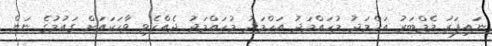
ނައިފަރު މެމްބަރު އަހްމަދު މުހައްމަދު އަހްމަދު މުހައްމަދު ދެއްކެވި ވާހަކައަށް ގައުމުގެ ނަން